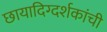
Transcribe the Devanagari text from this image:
छायादिग्दर्शकांची